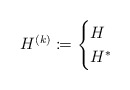
\begin{align*}H^{(k)} \coloneqq \begin{cases}H &\\H^* &\end{cases}\end{align*}